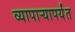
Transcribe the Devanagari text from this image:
व्यापाऱ्यापर्यंत